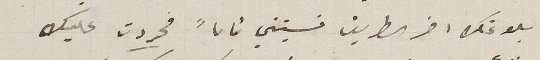
بلوغك اخر الطريق نسيتني تماماً فحردت عليك